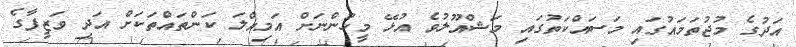
އަދުގެ މުޖުތަމައުގައި މަސައްކަތުގައި މަޝްއޫލުވެ އުޅޭ މީހުންނަށް އަމިއްލަ ކަންތައްތަކަށް އަދި ވަޒީފާގެ